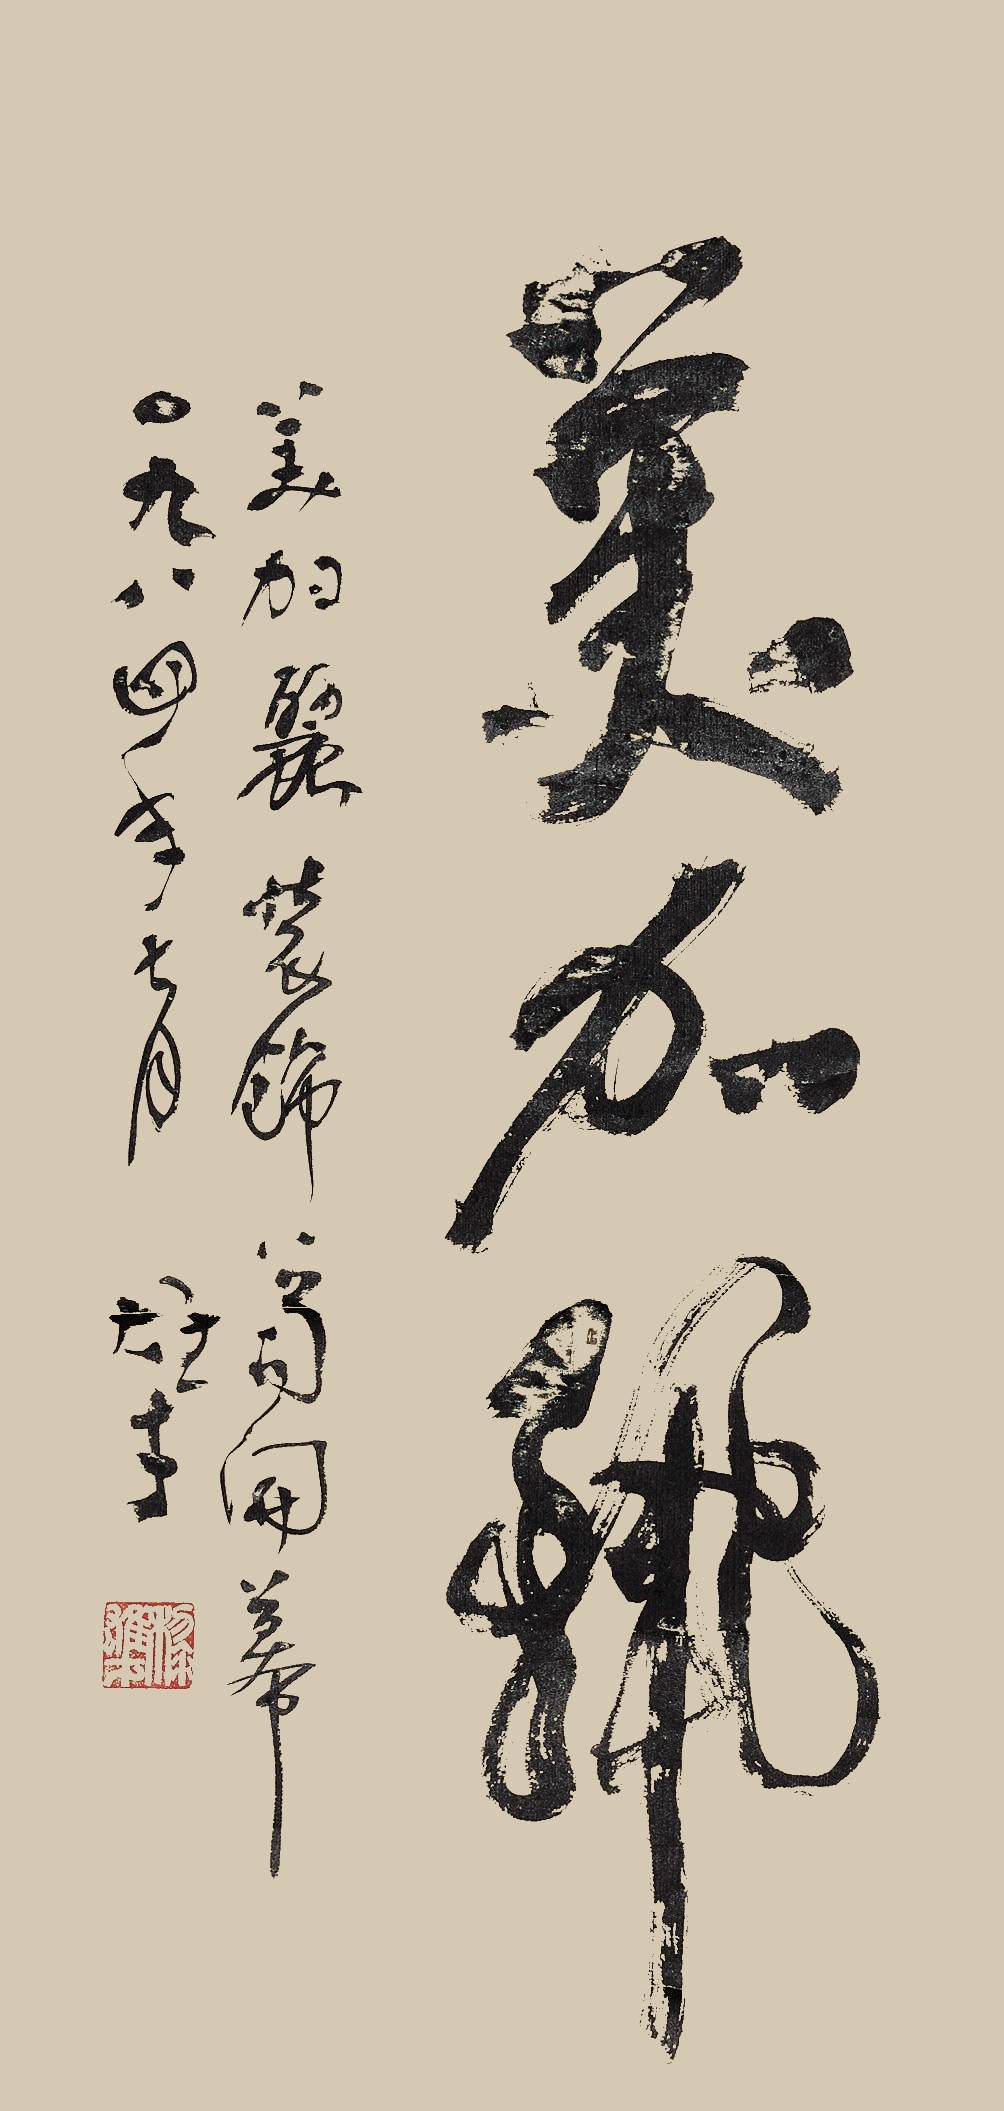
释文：美加丽。美加丽装饰公司开幕，一九八四年七月，雄才。